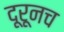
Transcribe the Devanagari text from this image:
दूरूनच